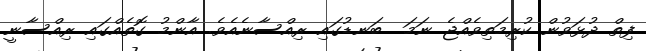
ފިތް ދުޅަވުން ކުރިމަތިވެއްޖެ ނަމަ  ބަނޑުގައި ރިއްސާނެއެވެ. އާންމު ގޮތެއްގައި ރިއްސާނީ